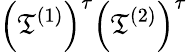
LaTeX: \left(\mathfrak{T}^{(1)}\right)^{\tau}\left(\mathfrak{T}^{(2)}\right)^{\tau}